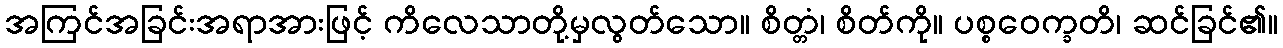
အကြင်အခြင်းအရာအားဖြင့် ကိလေသာတို့မှလွတ်သော။ စိတ္တံ၊ စိတ်ကို။ ပစ္စဝေက္ခတိ၊ ဆင်ခြင်၏။